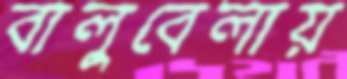
বালুবেলায়